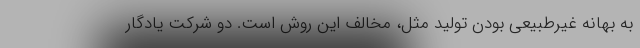
به بهانه غیرطبیعی بودن تولید مثل، مخالف این روش است. دو شرکت یادگار